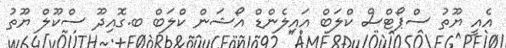
އެއީ ޔޫތު ސްޕޯޓްސް ކްލަބް އައިލެންޑް އޯޝަން ކްލަބް ބ.ގޮއިދޫ ސްކޫލް ޔޫތު